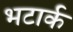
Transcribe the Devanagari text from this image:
भटार्क